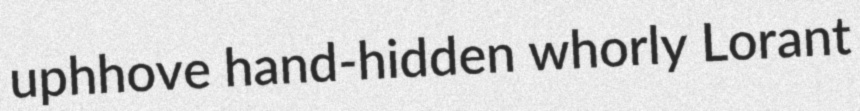
uphhove hand-hidden whorly Lorant